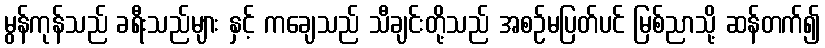
မွန်ကုန်သည် ခရီးသည်များ နှင့် ကချေသည် သီချင်းတို့သည် အစဉ်မပြတ်ပင် မြစ်ညာသို့ ဆန်တက်၍